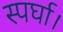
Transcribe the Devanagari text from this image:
स्पर्घा।